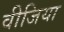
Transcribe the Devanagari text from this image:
वीजिया